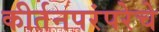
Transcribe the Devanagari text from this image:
कीर्तनपरंपरेचे